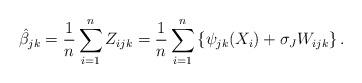
LaTeX: \begin{align*} \hat{\beta}_{jk} = \frac{1}{n}\sum_{i=1}^n Z_{ijk} = \frac{1}{n} \sum_{i = 1}^n \left\{ \psi_{jk}(X_i)+\sigma_JW_{ijk}\right\}. \end{align*}